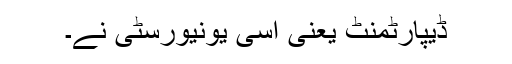
ڈیپارٹمنٹ یعنی اسی یونیورسٹی نے۔